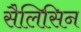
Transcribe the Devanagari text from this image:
सैलिसिन